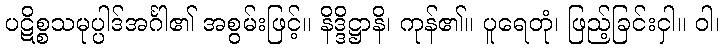
ပဋိစ္စသမုပ္ပါဒ်အင်္ဂါ၏ အစွမ်းဖြင့်။ နိဒ္ဒိဋ္ဌာနိ၊ ကုန်၏။ ပူရေတုံ၊ ဖြည့်ခြင်းငှါ။ ဝါ၊